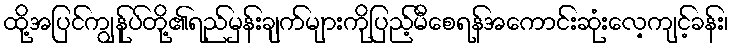
ထို့အပြင်ကျွန်ုပ်တို့၏ရည်မှန်းချက်များကိုပြည့်မီစေရန်အကောင်းဆုံးလေ့ကျင့်ခန်း၊